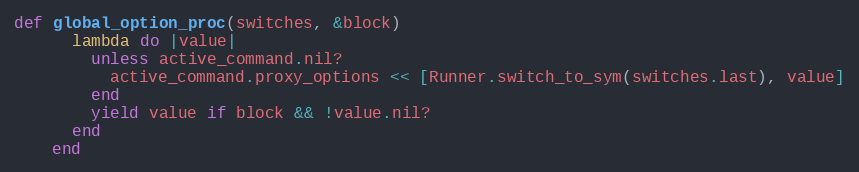
Language: Ruby
def global_option_proc(switches, &block)
      lambda do |value|
        unless active_command.nil?
          active_command.proxy_options << [Runner.switch_to_sym(switches.last), value]
        end
        yield value if block && !value.nil?
      end
    end